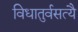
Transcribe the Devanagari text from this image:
विधातुर्वसत्यै